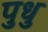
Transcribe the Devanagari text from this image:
पुधु